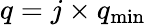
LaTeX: q=j\times q_{\mathrm{min}}